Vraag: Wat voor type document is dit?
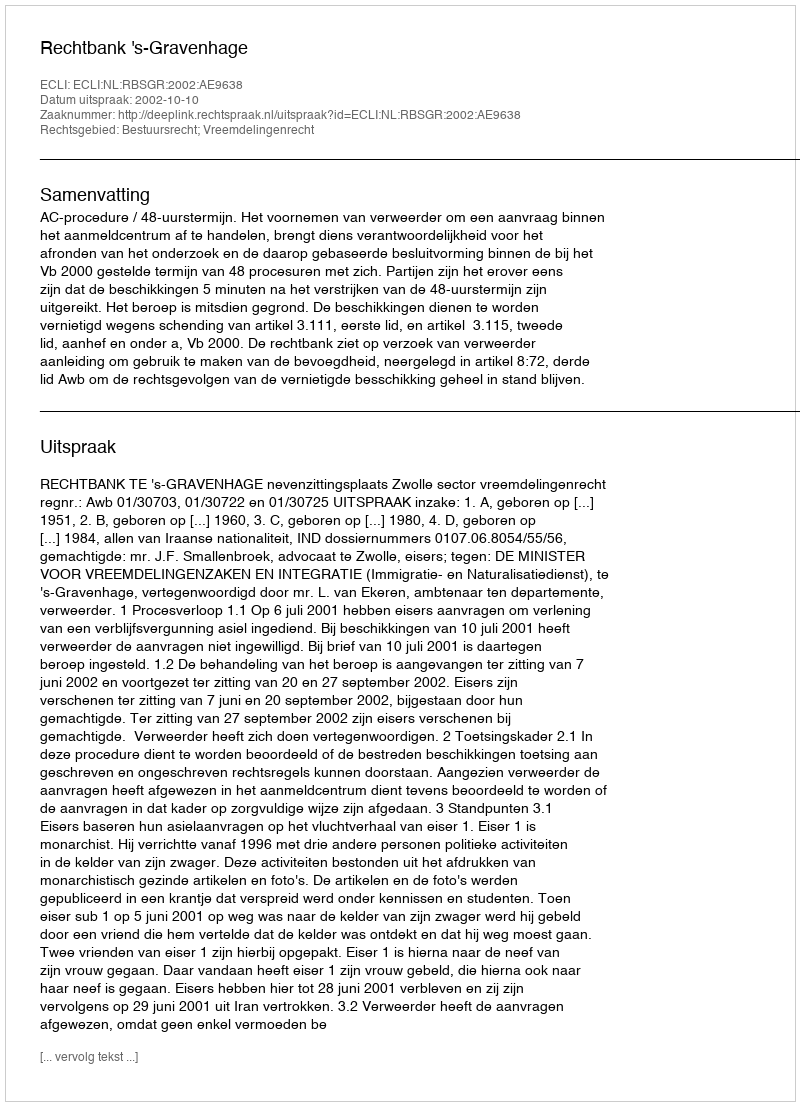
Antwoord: Uitspraak